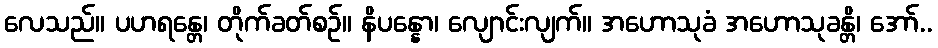
လေသည်။ ပဟရန္တေ၊ တိုက်ခတ်စဉ်။ နိပန္နော၊ လျောင်းလျက်။ အဟောသုခံ အဟောသုခန္တိ၊ အော်..